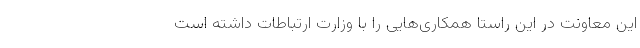
این معاونت در این راستا همکاری‌هایی را با وزارت ارتباطات داشته است